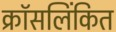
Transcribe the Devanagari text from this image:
क्रॉसलिंकित